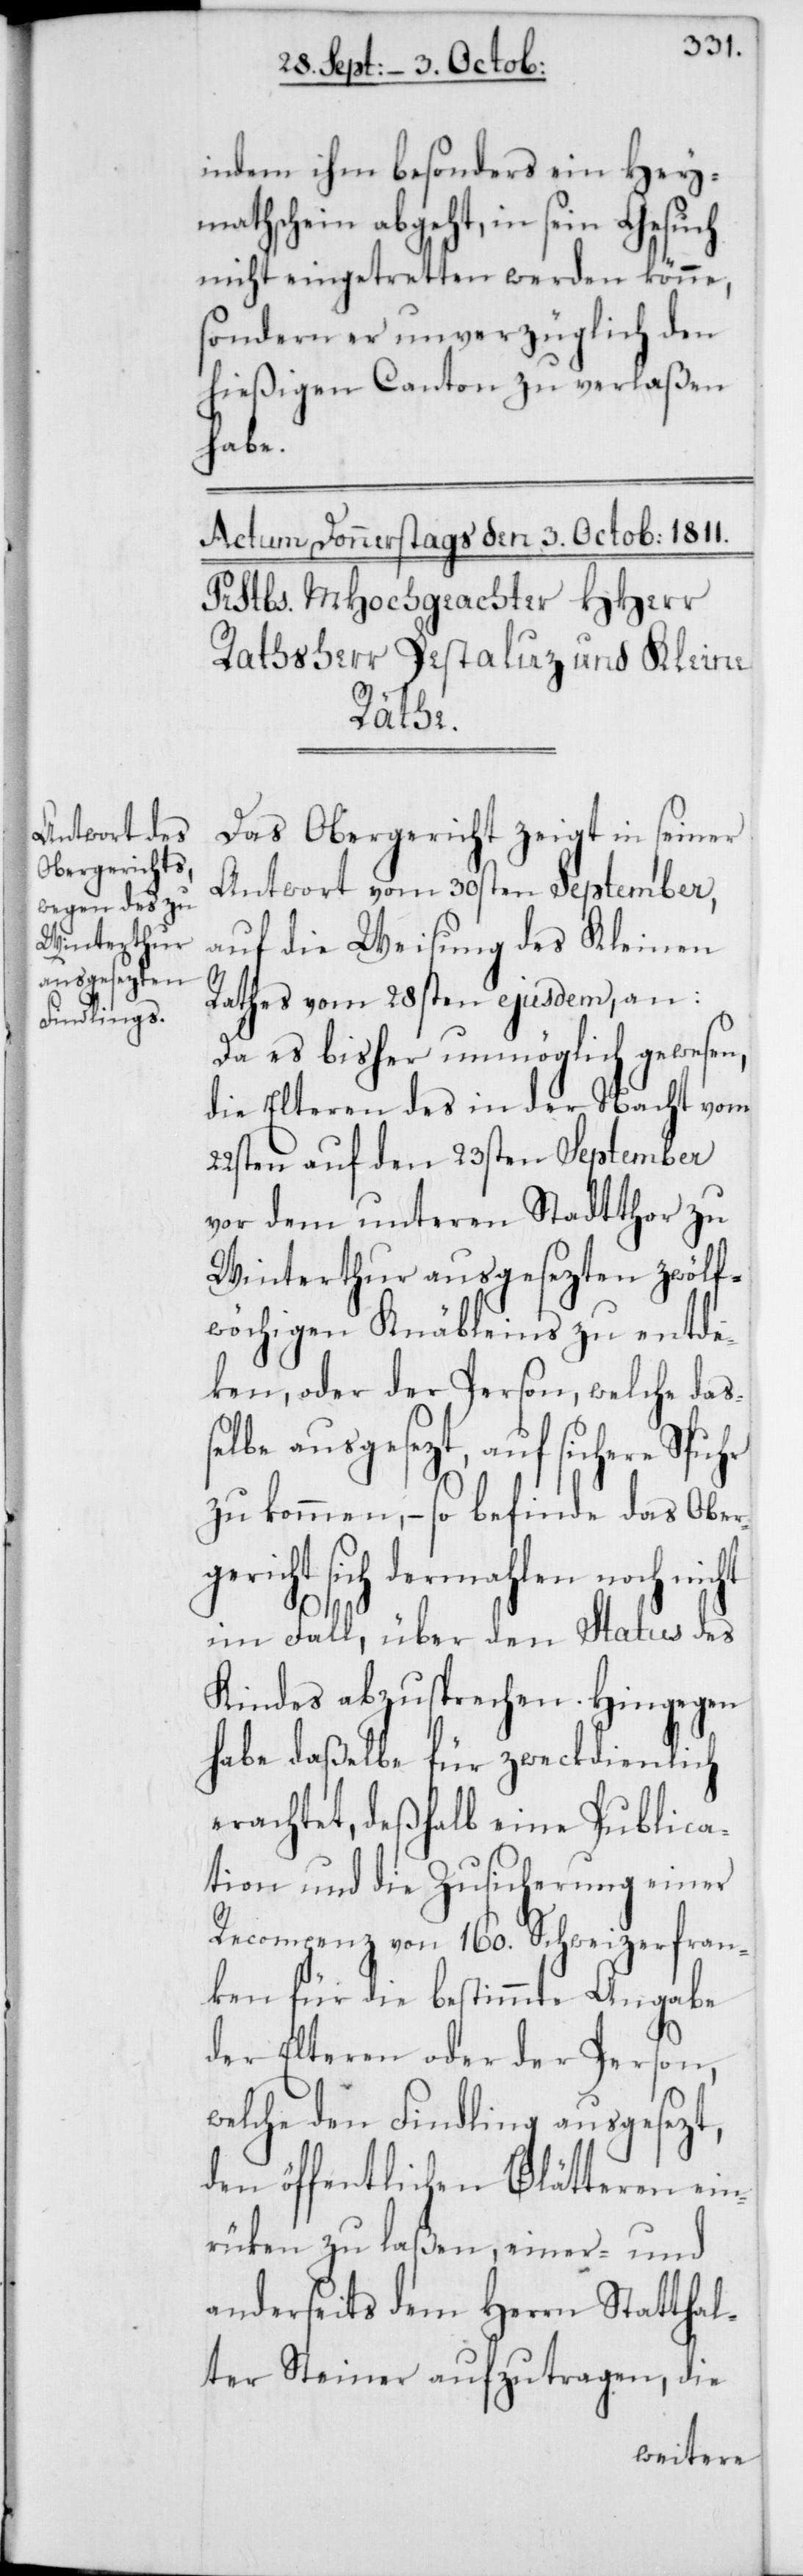
indem ihm besonders ein Hey¬
mathschein abgeht, in sein Gesuch
nicht eingetretten werden könne,
sondern er unverzüglich den
hießigen Canton zu verlaßen
habe.
Das Obergericht zeigt in seiner
Antwort vom 30sten September,
auf die Weisung des Kleinen
Rathes vom 28sten ejusdem, an:
Da es bisher unmöglich gewesen,
die Elteren des in der Nacht vom
22sten auf den 23sten September
vor dem unteren Stadtthor zu
Winterthur ausgesezten zwölf¬
wöchigen Knäbleins zu entde¬
ken, oder der Person, welche daß¬
elbe ausgesezt, auf sichere Spur
zu kommen, – so befinde das Ober¬
gericht sich dermahlen noch nicht
im Fall, über den Status des
Kindes abzusprechen. Hingegen
habe daßelbe für zweckdienlich
erachtet, deßhalb eine Publica¬
tion und die Zusicherung einer
Recompenz von 160. Schweizerfran¬
ken für die bestimmte Angabe
der Elteren oder der Person,
welche den Findling ausgesezt,
den öffentlichen Blätteren ein¬
rüken zu laßen, einer- und
anderseits dem Herrn Statthal¬
ter Steiner aufzutragen, die